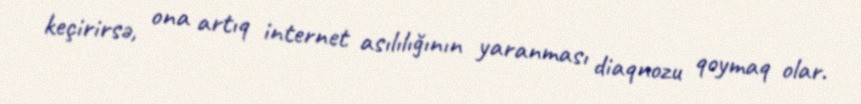
keçirirsə, ona artıq internet asılılığının yaranması diaqnozu qoymaq olar.